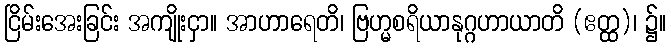
ငြိမ်းအေးခြင်း အကျိုးငှာ။ အာဟာရေတိ၊ ဗြဟ္မစရိယာနုဂ္ဂဟာယာတိ (ဧတ္ထ)၊ ၌။